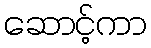
ဆောင့်ကာ